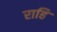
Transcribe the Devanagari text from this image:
राहि